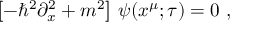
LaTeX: \left[ - \hbar ^ { 2 } \partial _ { x } ^ { 2 } + m ^ { 2 } \right] \, \psi ( x ^ { \mu } ; \tau ) = 0 \ ,